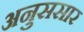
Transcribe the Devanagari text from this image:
अनुससार